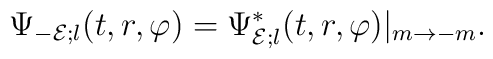
\Psi_{-{\cal E};l}(t,r,\varphi)=\Psi_{{\cal E};l}^*(t,r,\varphi)|_{m\rightarrow -m}.